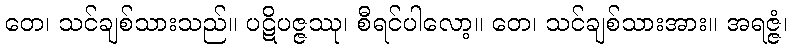
တေ၊ သင်ချစ်သားသည်။ ပဋိပဇ္ဇဿု၊ စီရင်ပါလော့။ တေ၊ သင်ချစ်သားအား။ အရဇ္ဇံ၊